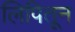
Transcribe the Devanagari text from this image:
लिपितून